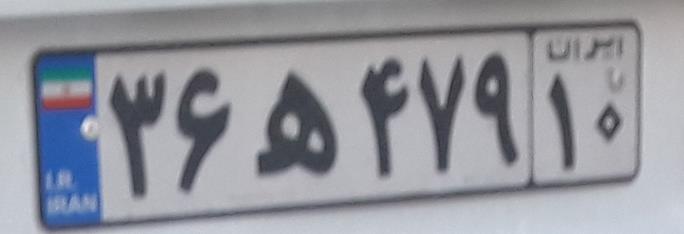
۳۶ه۴۷۹۱۰